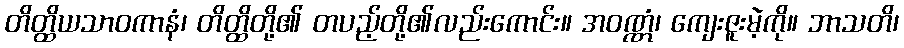
တိတ္ထိယသာဝကာနံ၊ တိတ္ထိတို့၏ တပည့်တို့၏လည်းကောင်း။ အဝဏ္ဏံ၊ ကျေးဇူးမဲ့ကို။ ဘာသတိ၊